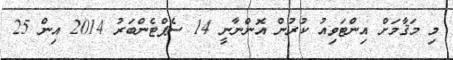
މި މަޤާމަށް އިންޓަވިއު ކުރުން އޮންނާނީ 14 ސެޕްޓެންބަރު 2014 އިން 25